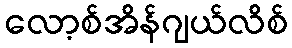
လော့စ်အိန်ဂျယ်လိစ်